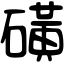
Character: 磺